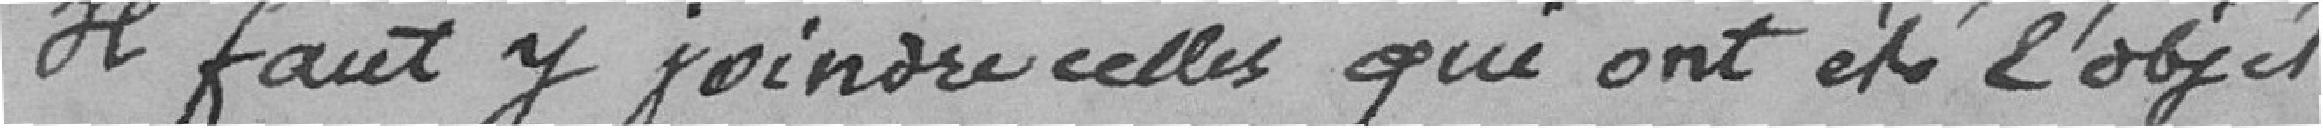
Il faut y joindre celles qui ont été l'objet